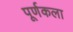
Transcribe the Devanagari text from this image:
पूर्णकला